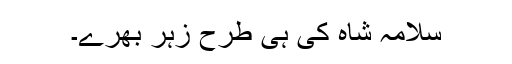
سلامہ شاہ کی ہی طرح زہر بھرے۔